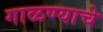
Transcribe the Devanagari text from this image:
गाळण्याचे